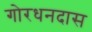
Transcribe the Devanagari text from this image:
गोरधनदास